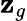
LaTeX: \mathbf{z}_{g}